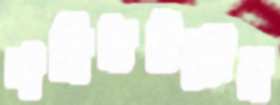
শহিদউল্লাহ